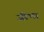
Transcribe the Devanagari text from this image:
जीभा